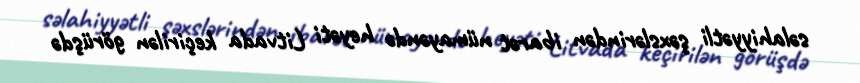
səlahiyyətli şəxslərindən ibarət nümayəndə heyəti Litvada keçirilən görüşdə